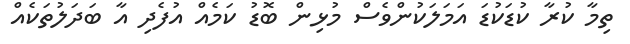
ތިމާ ކުރާ ކުޑަކުޑަ އަމަލަކުންވެސް މުޅިން ބޮޑު ކަމެއް އުފެދި އާ ބަދަލުތަކެއް